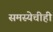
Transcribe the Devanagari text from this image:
समस्येचीही